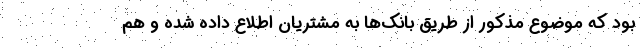
بود که موضوع مذکور از طریق بانک‌ها به مشتریان اطلاع داده شده و هم